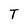
Character: T